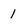
Character: 1